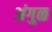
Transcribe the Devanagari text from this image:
अंगुळ